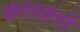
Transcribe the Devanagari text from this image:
कसकसें